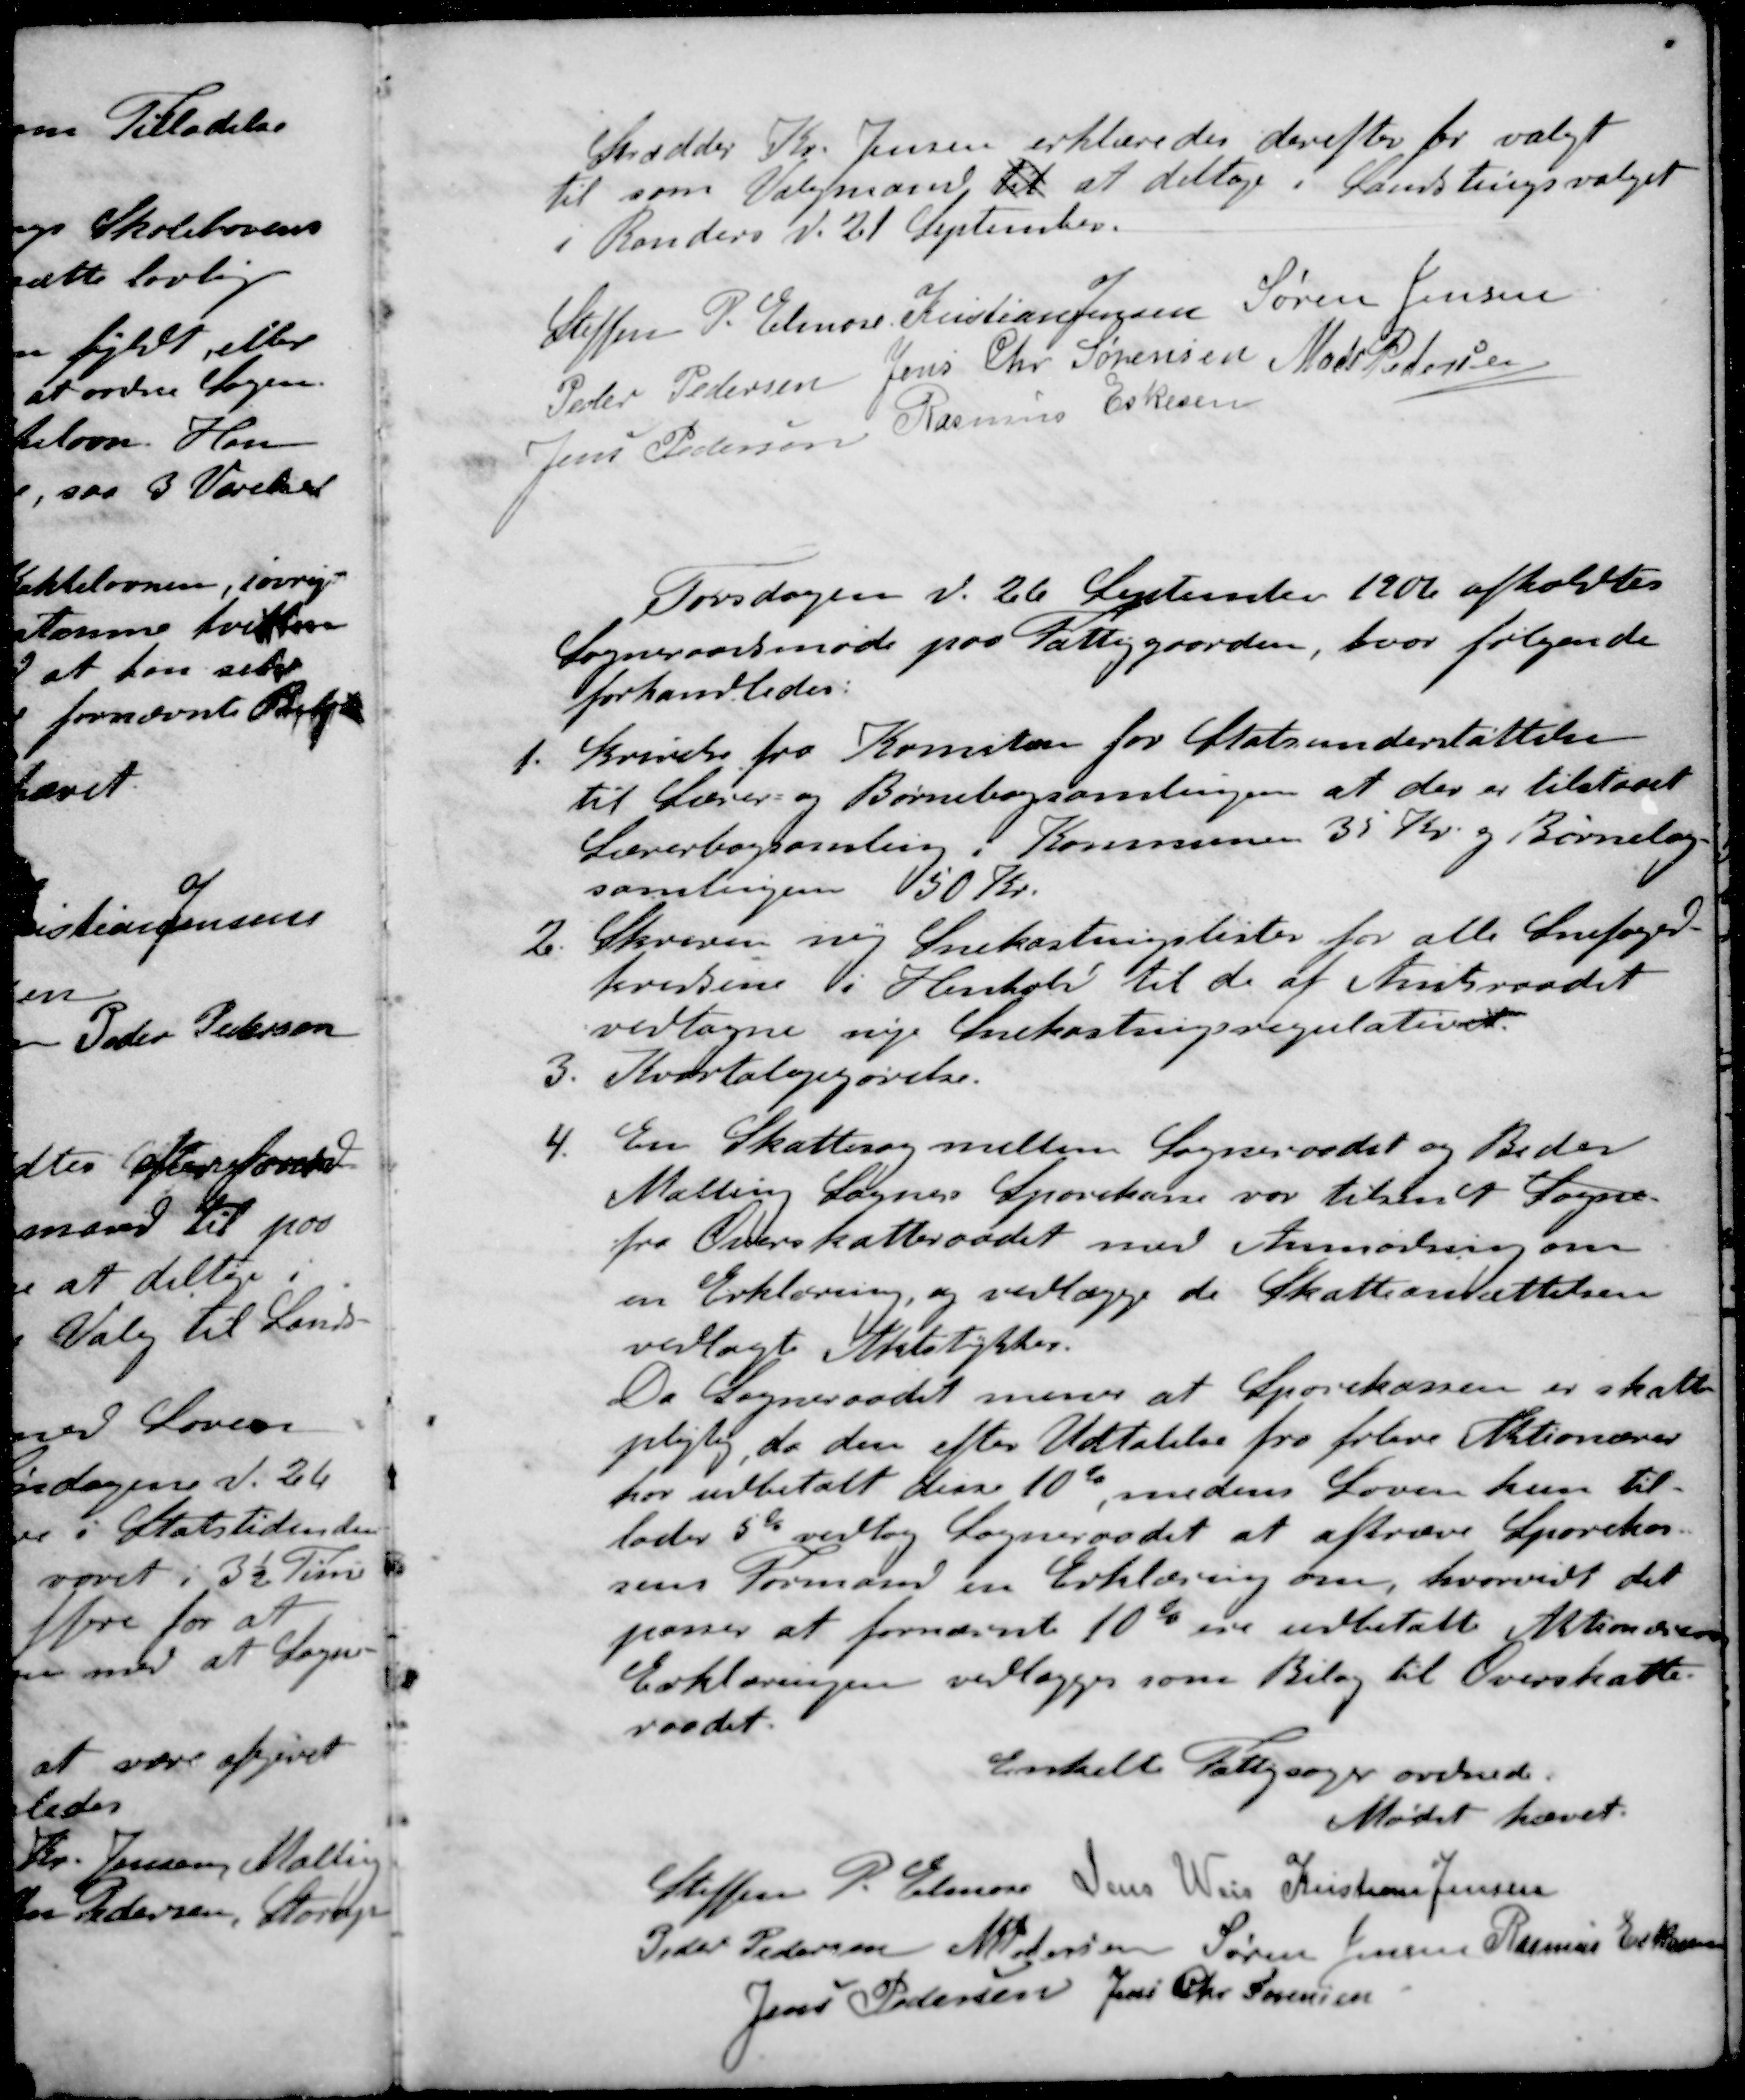
Transskription:
Skrædder Kr. Jensen erklæredes derefter for valgt
til som Valgmand, til at deltage i Landstingsvalget
Randers D. 21 September.
Steffen P Elmose
Kristian Jensen
Søren Jensen
Peder Pedersen
Jens Chr Sørensen
Mads Pedersen
Jens Pedersen
Rasmus Eskesen
Torsdagen d. 26 September 1906 afholdtes
Sogneraadsmøde paa Fattiggaarden, hvor følgende
forhandledes:
1. Skrivelse fra Komiten for Statsunderstøttelse
til Lærer- og Børnebogsamlingen at der er tilstaaet
Lærerbogsamling i Kommunen 30 Kr. og Børnebog-
samlingen 50 Kr.
2. Skreven ny Snekastningslister for alle Snefoged-
kredsene i Henhold til de af Amtsraadet
vedtagne nye Snekastningsregulativer
3. Kvartalopgørelse.
4. En Skattesag mellem Sogneraadet og Beder
Malling Sogns Sparekasse var tilsendt Sogne
fra Overskatteraadet med Anmodning om
en Erklæring, og vedlægge de Skatteansættelsen
vedlagte Aktstykker.
Da Sogneraadet mener at Spørekassen er skatte-
pligtig, da den efter Udtalelse fra frlere Aktionærer
har udbetalt dem 10% medens Loven kun til-
lades 5% vedtog Sogneraadet at aftræve Sparekas-
sens Formand en Erklæring om, hvorvidt det
passer at fornævnte 10% ere udbetalt Aktionærerne
Erklæringen vedlægges som Bilag til Overskatte-
raadet
Enkelt Fattigsager ordnede.
Mødet hævet.
Steffen P Elmose
Jens Weis
Kristian Jensen
Peder Pedersen
M Pedersen
Søren Jensen
Rasmus Eskensen
Jens Pedersen
Jens Chr Sørensen